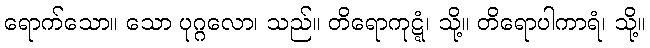
ရောက်သော။ သော ပုဂ္ဂလော၊ သည်။ တိရောကုဋ္ဋံ၊ သို့။ တိရောပါကာရံ၊ သို့။